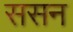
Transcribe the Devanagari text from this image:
ससन